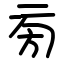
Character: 㫄